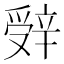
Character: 辤